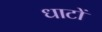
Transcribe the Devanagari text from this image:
धाटों